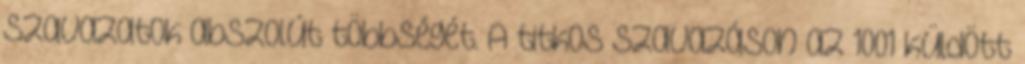
szavazatok abszolút többségét. A titkos szavazáson az 1001 küldött